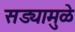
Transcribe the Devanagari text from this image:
सड्यामुळे